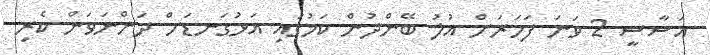
އަސާސީ 2 ވަނަ ފަހަރަށް އުލު ބޭންދުން ކަމުގައި އަޅުގަނޑަށް ދަންނަވަން ކެރި